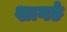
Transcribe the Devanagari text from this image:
शागर्ङ